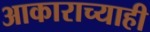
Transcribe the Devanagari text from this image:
आकाराच्याही